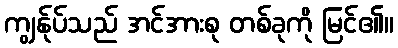
ကျွန်ုပ်သည် အင်အားစု တစ်ခုကို မြင်၏။